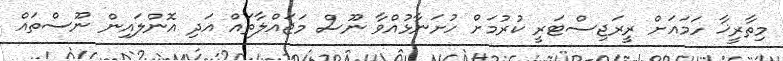
މިތާރީޚާ ހަމައަށް ރީރަޖިސްޓަރީ ކުރުމަށް ހުށަނާޅުއްވާ ނޫސް މަޖައްލާތައް އަދި އޮންލައިން ނޫސްތައް